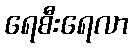
ရေစီးရေလာ